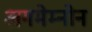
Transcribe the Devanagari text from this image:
अगमेम्नोन